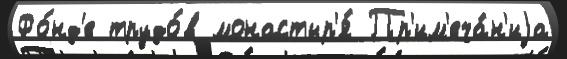
Фо́нд'е трудо́в монастыр'я́ Пр'им'еча́н'иjа